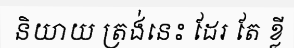
និយាយ ត្រង់នេះ ដែរ តែ ខ្លី